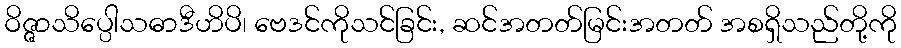
ဝိဇ္ဇာသိပ္ပေါသဓာဒီဟိပိ၊ ဗေဒင်ကိုသင်ခြင်း, ဆင်အတတ်မြင်းအတတ် အစရှိသည်တို့ကို